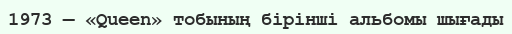
1973 — «Queen» тобының бiрiншi альбомы шығады